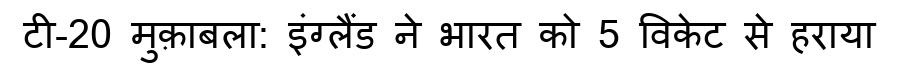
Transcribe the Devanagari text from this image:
टी-20 मुक़ाबला: इंग्लैंड ने भारत को 5 विकेट से हराया